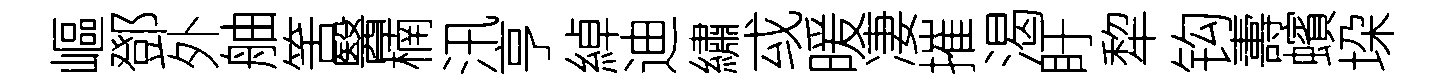
嶇鄧外舳筈醫楠汛亨綽迪繡㦯暖凄摧渴盱犂钩夀蠙垜